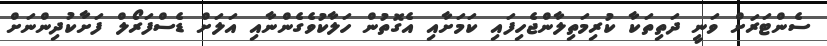
ސެންޓަރަށް ވަނީ ދަތިތަކާ ކުރިމަތިލާންޖެހިފައި ކަމަށާއި އެގޮތުން ހަލާކުވެގެންނާއި އަލަށް ޑެސްފަރޯލް ފަށާކުދިންނަށް